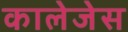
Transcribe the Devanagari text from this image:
कालेजेस